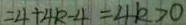
= 4 + 4 k - 4 = 4 k > 0